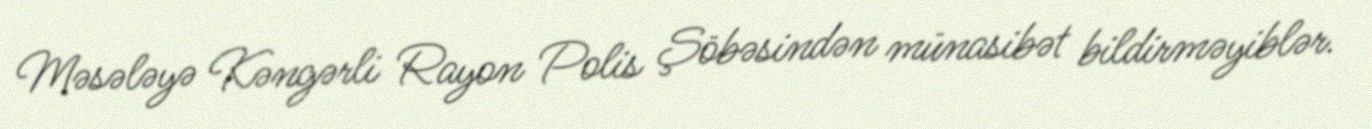
Məsələyə Kəngərli Rayon Polis Şöbəsindən münasibət bildirməyiblər.